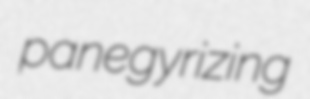
panegyrizing